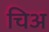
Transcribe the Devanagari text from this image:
चिअ